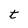
Character: t